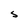
Character: S